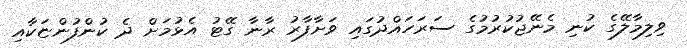
ވިލިމާލޭގެ ކުނި މެނޭޖުކުރުމުގެ ސަރަހައްދުގައި ވަށާފާރު ރާނާ ގޭޓު އެޅުމަށް ދެ ކުންފުންޏަކާއި